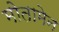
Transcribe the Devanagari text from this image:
मोतामेन